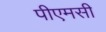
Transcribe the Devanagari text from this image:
पीएमसी